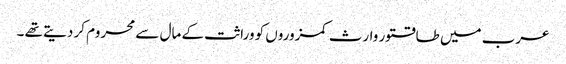
عرب میں طاقتور وارث کمزوروں کو وراثت کے مال سے محروم کر دیتے تھے ۔